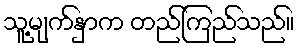
သူ့မျက်နှာက တည်ကြည်သည်။